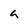
Character: a